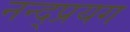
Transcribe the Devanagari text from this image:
नन्द्प्रयग